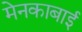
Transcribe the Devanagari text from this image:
मेनकाबाई